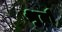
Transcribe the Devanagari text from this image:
श्रुतौ